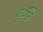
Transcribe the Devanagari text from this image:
गृ०सू०